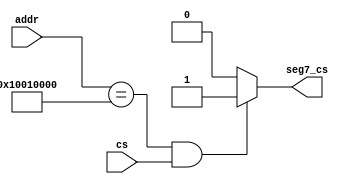
`timescale 1ns / 1ps
//////////////////////////////////////////////////////////////////////////////////
// Company: 
// Engineer: 
// 
// Design Name: 
// Module Name: io_sel
// Project Name: 
// Target Devices: 
// Tool Versions: 
// Description: 
// 
// Dependencies: 
// 
// Revision:
// Revision 0.01 - File Created
// Additional Comments:
// 
//////////////////////////////////////////////////////////////////////////////////


module io_sel(
input [31:0] addr,
	 input cs,
	 output seg7_cs
    );

assign seg7_cs = (addr == 32'h10010000 && cs == 1) ? 1 : 0;

endmodule